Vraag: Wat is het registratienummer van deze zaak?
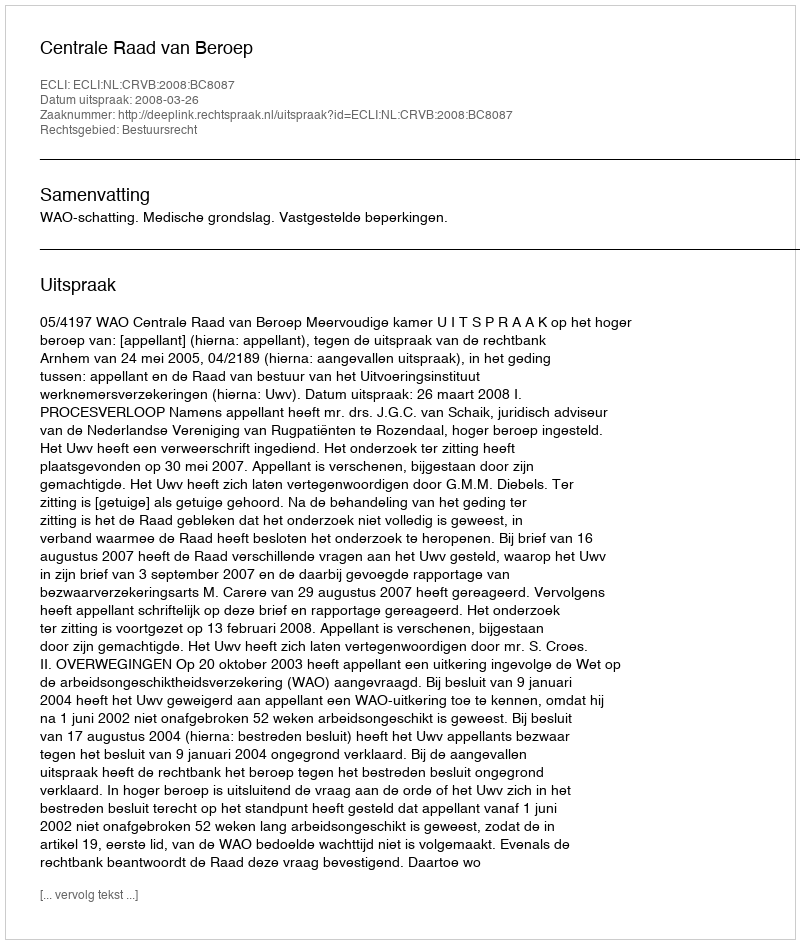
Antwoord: http://deeplink.rechtspraak.nl/uitspraak?id=ECLI:NL:CRVB:2008:BC8087